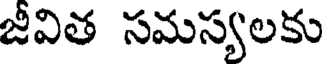
జీవిత సమస్యలకు